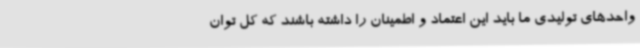
واحدهای تولیدی ما باید این اعتماد و اطمینان را داشته باشند که کل توان